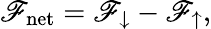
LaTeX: \mathscr{F}_{\mathrm{{net}}}=\mathscr{F}_{\downarrow}-\mathscr{F}_{\uparrow},